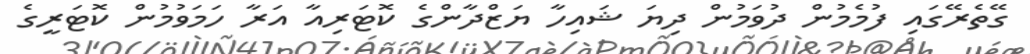
ގޭތެރޭގައި ފުމެމުން ދުވަމުން ދިޔަ ޝައިހާ ޔަޒްދާންގެ ކޮޓަރިއާ އަރާ ހަމަވުމުން ކޮޓަރީގެ